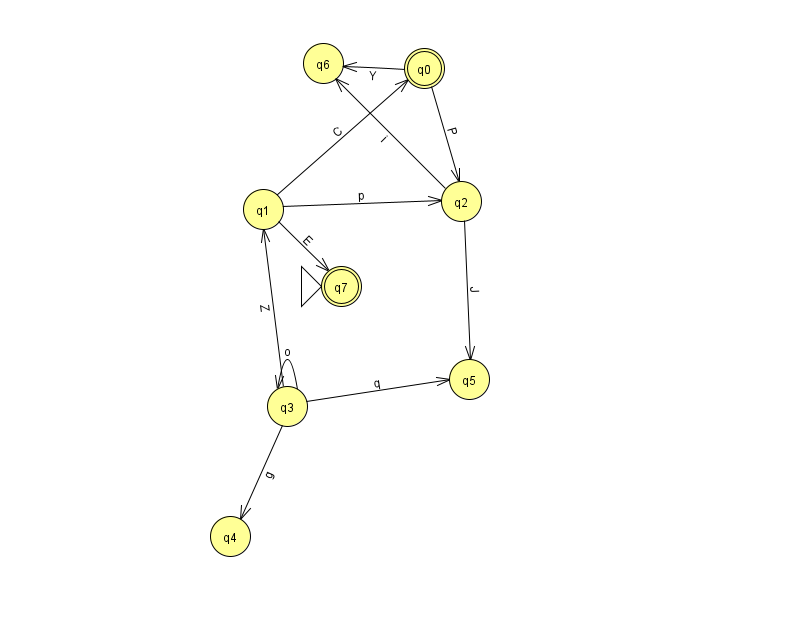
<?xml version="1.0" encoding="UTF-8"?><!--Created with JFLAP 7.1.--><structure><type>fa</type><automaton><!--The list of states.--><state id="0" name="q0"><x>424.0</x><y>55.0</y><final/></state><state id="1" name="q1"><x>263.0</x><y>196.0</y></state><state id="2" name="q2"><x>461.0</x><y>188.0</y></state><state id="3" name="q3"><x>287.0</x><y>393.0</y></state><state id="4" name="q4"><x>230.0</x><y>523.0</y></state><state id="5" name="q5"><x>469.0</x><y>366.0</y></state><state id="6" name="q6"><x>323.0</x><y>50.0</y></state><state id="7" name="q7"><x>341.0</x><y>273.0</y><initial/><final/></state><!--The list of transitions.--><transition><from>0</from><to>2</to><read>P</read></transition><transition><from>1</from><to>7</to><read>E</read></transition><transition><from>3</from><to>1</to><read>Z</read></transition><transition><from>0</from><to>6</to><read>Y</read></transition><transition><from>2</from><to>5</to><read>J</read></transition><transition><from>2</from><to>6</to><read>i</read></transition><transition><from>3</from><to>4</to><read>g</read></transition><transition><from>1</from><to>2</to><read>p</read></transition><transition><from>1</from><to>0</to><read>C</read></transition><transition><from>3</from><to>5</to><read>q</read></transition><transition><from>3</from><to>3</to><read>o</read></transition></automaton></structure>